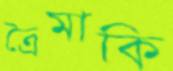
ত্রৈমাকি